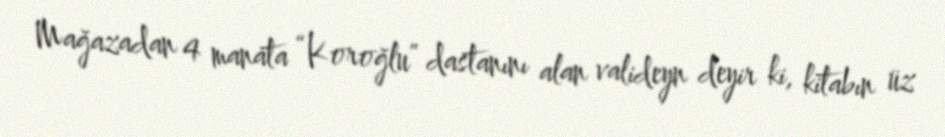
Mağazadan 4 manata “Koroğlu” dastanını alan valideyn deyir ki, kitabın üz